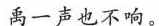
禹一声见不响。